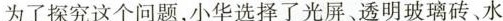
为了探究这个问题，小华选择了光屏、透明玻璃砖、水